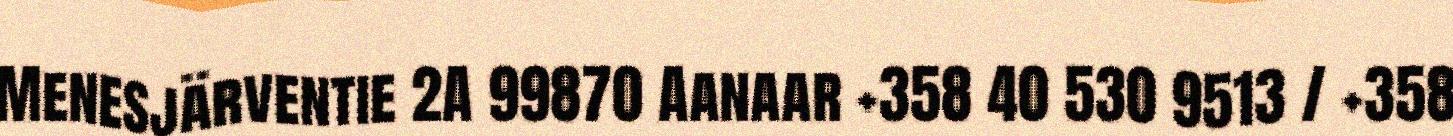
Menesjärventie 2A 99870 Aanaar +358 40 530 9513 / +358